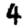
Digit: 4